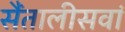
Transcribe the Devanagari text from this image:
सैंतालीसवां